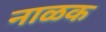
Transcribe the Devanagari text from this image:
नाळक